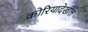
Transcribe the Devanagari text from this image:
कोरियादेखील